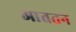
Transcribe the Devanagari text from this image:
आततन